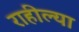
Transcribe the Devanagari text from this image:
राहील्या